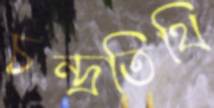
চন্দ্রতিথি